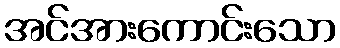
အင်အားကောင်းသော